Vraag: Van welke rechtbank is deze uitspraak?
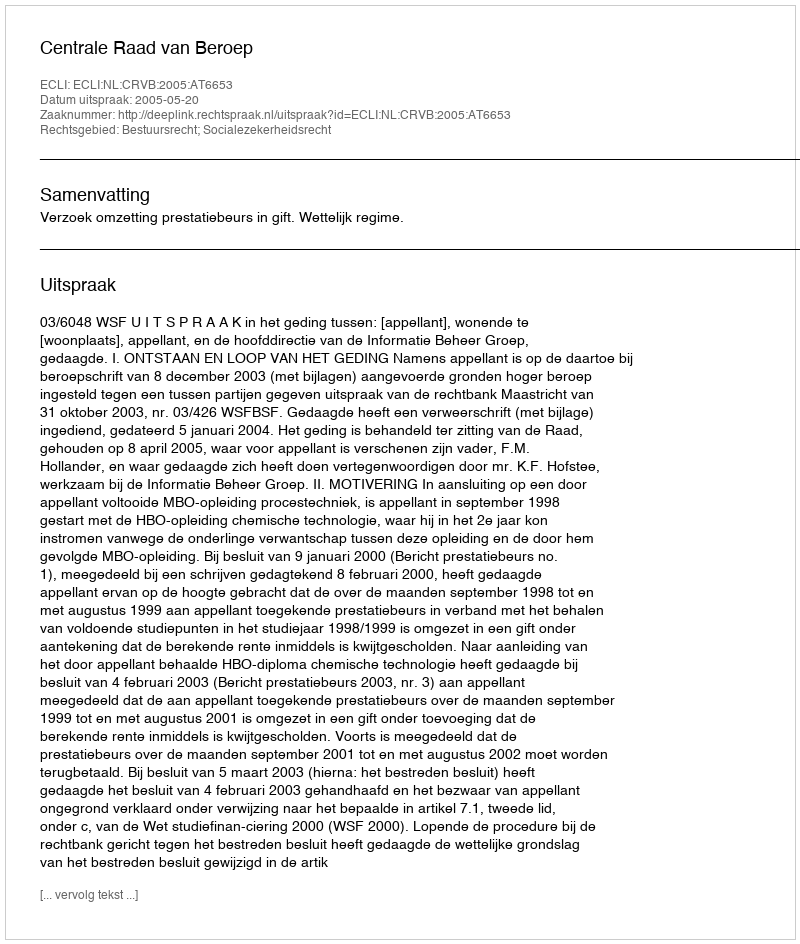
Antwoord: Centrale Raad van Beroep